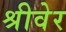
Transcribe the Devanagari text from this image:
श्रीवेर